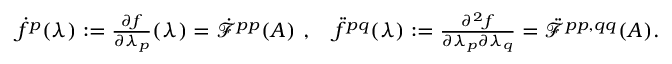
\begin{array} { r } { \dot { f } ^ { p } ( \lambda ) : = \frac { \partial f } { \partial \lambda _ { p } } ( \lambda ) = \dot { \mathcal { F } } ^ { p p } ( A ) \ , \quad \ddot { f } ^ { p q } ( \lambda ) : = \frac { \partial ^ { 2 } f } { \partial \lambda _ { p } \partial \lambda _ { q } } = \ddot { \mathcal { F } } ^ { p p , q q } ( A ) . } \end{array}